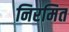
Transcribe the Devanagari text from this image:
निरमित